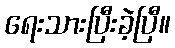
ရေးသားပြီးခဲ့ပြီ။